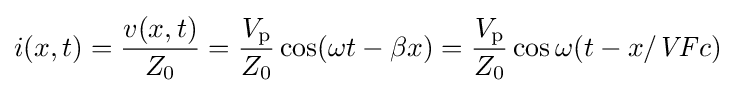
i(x,t)={v(x,t) \over Z_{\text{0}}}={V_{\text{p}} \over Z_{\text{0}}}\cos(\omega t-\beta x)={V_{\text{p}} \over Z_{\text{0}}}\cos \omega (t-x/{\mathit {VF}}c)